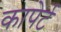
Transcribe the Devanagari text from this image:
कापेर्ट